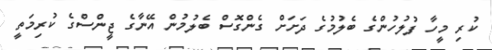
ކުރި މީހާ ފުލުހުންގެ ބެލުމުގެ ދަށަށް ގެންގޮސް ބެލުމުން އޭނާގެ ޖީންސްގެ ކުރިމަތީ